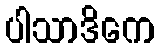
ပါသာဒိကေ